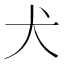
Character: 犬